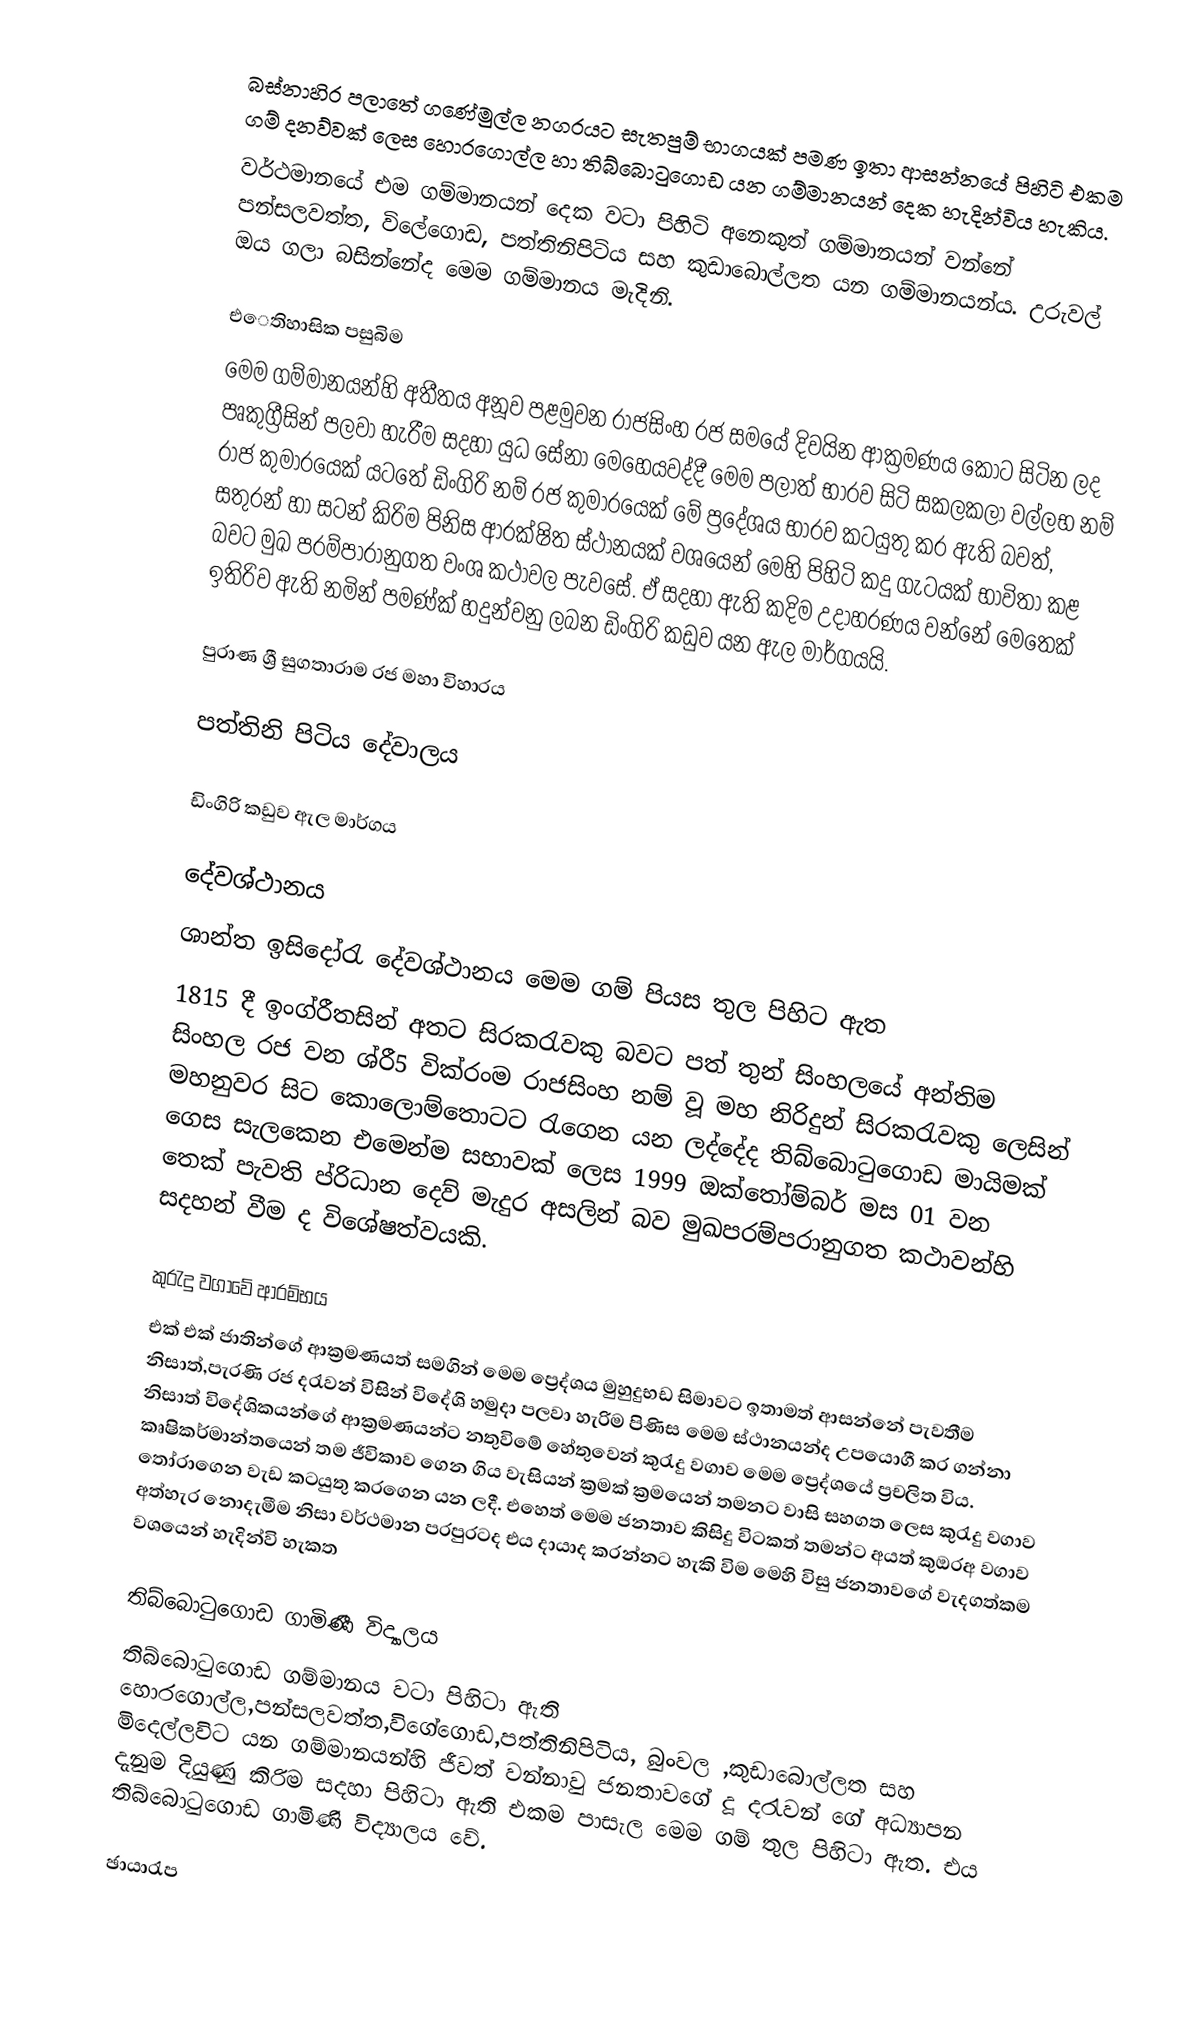
බස්නාහිර පලාතේ ගණේමුල්ල නගරයට සැතපුම් භාගයක් පමණ ඉතා ආසන්නයේ පිහිටි එකම ගම් දනව්වක් ලෙස හොරගොල්ල හා තිබ්බොටුගොඩ යන ගම්මානයන් දෙක හැදින්විය හැකිය.
වර්ථමානයේ එම ගම්මානයන් දෙක වටා පිහිටි අනෙකුත් ගම්මානයන් වන්නේ පන්සලවත්ත, විලේගොඩ, පත්තිනිපිටිය සහ කුඩාබොල්ලත යන ගම්මානයන්ය. උරුවල් ඔය ගලා බසින්නේද මෙම ගම්මානය මැදිනි.

එෙතිහාසික පසුබිම
මෙම ගම්මානයන්හි අතීතය අනූව පළමුවන රාජසිංහ රජ  සමයේ  දිවයින ආක්‍රමණය කොට  සිටින ලද පෘකුග්‍රීසින් පලවා හැරීම සදහා යුධ සේනා මෙහෙයවද්දී මෙම පලාත් භාරව සිටි සකලකලා වල්ලභ නම් රාජ කුමාරයෙක් යටතේ  ඩිංගිරි නම් රජ කුමාරයෙක් මේ ප්‍රදේශය භාරව කටයුතු කර ඇති බවත්, සතුරන් හා සටන් කිරිම පිනිස ආරක්ෂිත ස්ථානයක් වශයෙන් මෙහි පිහිටි කදු ගැටයක් භාවිතා කළ බවට මුඛ පරම්පාරානුගත වංශ කථාවල පැවසේ. ඒ සදහා ඇති කදිම උදාහරණය වන්නේ මෙතෙක් ඉතිරිව ඇති නමින් පමණ්ක් හදුන්වනු ලබන ඩිංගිරි කඩුව යන ඇල මාර්ගයයි.

පුරාණ ශ්‍රී සුගතාරාම රජ මහා විහාරය

පත්තිනි පිටිය දේවාලය

ඩිංගිරි කඩුව ඇල මාර්ගය

දේවශ්ථානය
ශාන්ත ඉසිදෝරැ දේවශ්ථානය මෙම ගම් පියස තුල පිහිට ඇත
1815 දී ඉංග්රීතසින් අතට සිරකරැවකු බවට පත් තුන් සිංහලයේ අන්තිම සිංහල රජ වන ශ්රී5 වික්රංම රාජසිංහ නම් වූ මහ නිරිදුන් සිරකරැවකු ලෙසින් මහනුවර සිට කොලොම්තොටට රැගෙන යන ලද්දේද තිබ්බොටුගොඩ මායිමක්  ගෙස සැලකෙන එමෙන්ම සභාවක් ලෙස 1999 ඔක්තෝම්බර් මස 01 වන තෙක් පැවති  ප්රිධාන දෙව් මැදුර අසලින් බව මුඛපරම්පරානුගත කථාවන්හි සදහන් වීම ද විශේෂත්වයකි.

කුරැදු වගාවේ ආරම්භය
එක් එක් ජාතින්ගේ ආක්‍රමණයත් සමගින් මෙම ප්‍රෙද්ශය මුහුදුභඩ සිමාවට ඉතාමත් ආසන්නේ පැවතීම නිසාත්,පැරණි රජ දරැවන් විසින් විදේශි හමුදා පලවා හැරිම පිණිස මෙම ස්ථානයන්ද උපයොගී කර ගන්නා නිසාත් විදේශිකයන්ගේ ආක්‍රමණයන්ට නතුවිමේ හේතුවෙන් කුරැදු වගාව මෙම ප්‍රෙද්ශයේ ප්‍රචලිත විය. කෘෂිකර්මාන්තයෙන් තම ජීවිකාව ගෙන ගිය වැසියන් ක්‍රමක් ක්‍රමයෙන් තමනට වාසි සහගත ලෙස කුරැදු වගාව තෝරාගෙන වැඩ කටයුතු කරගෙන යන ලදී. එහෙත් මෙම ජනතාව කිසිදු විටකත් තමන්ට අයත් කුඔරඅ වගාව අත්හැර නොදැමීම නිසා වර්ථමාන පරපුරටද එය දායාද කරන්නට හැකි විම මෙහි විසු ජනතාවගේ වැදගත්කම වශයෙන් හැදින්වි හැකත

තිබ්බොටුගොඩ ගාමිණී විද්‍යාලය
තිබ්බොටුගොඩ ගම්මානය වටා පිහිටා ඇති හොරගොල්ල,පන්සලවත්ත,විගේගොඩ,පත්තිනිපිටිය, බුංවල ,කුඩාබොල්ලත සහ මිදෙල්ලවිට යන ගම්මානයන්හි ජීවත් වන්නාවු ජනතාවගේ දූ දරැවන් ගේ අධ්‍යාපන දැනුම දියුණු කිරිම සදහා පිහිටා ඇති එකම පාසැල මෙම ගම් තුල පිහිටා ඇත. එය තිබ්බොටුගොඩ ගාමිණි විද්‍යාලය වේ.

ඡායාරැප